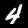
Label: 4